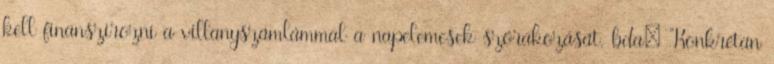
kell finanszírozni a villanyszámlámmal a napelemesek szórakozását. bda: "Konkrétan